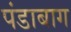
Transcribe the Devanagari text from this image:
पंडाबाग